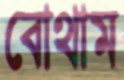
বোথাম